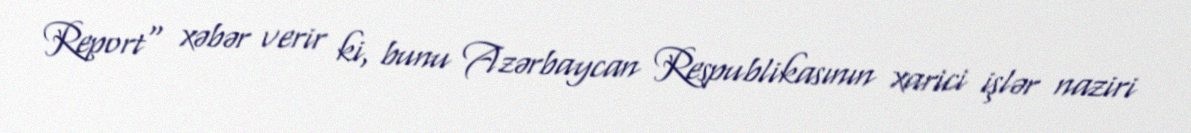
Report" xəbər verir ki, bunu Azərbaycan Respublikasının xarici işlər naziri